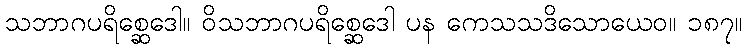
သဘာဂပရိစ္ဆေဒေါ။ ဝိသဘာဂပရိစ္ဆေဒေါ ပန ကေသသဒိသောယေဝ။ ၁၈၇။